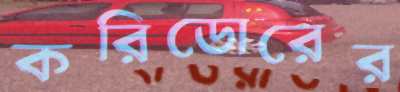
করিডোরের